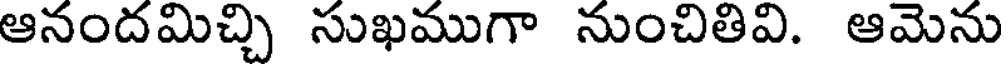
ఆనందమిచ్చి సుఖముగా నుంచితివి. ఆమెను